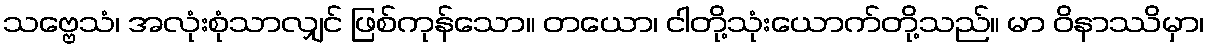
သဗ္ဗေသံ၊ အလုံးစုံသာလျှင် ဖြစ်ကုန်သော။ တယော၊ ငါတို့သုံးယောက်တို့သည်။ မာ ဝိနာဿိမှာ၊